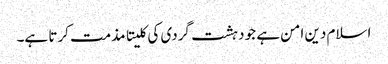
اسلام دین امن ہے جو دہشت گردی کی کلیتا مذمت کرتا ہے۔